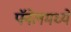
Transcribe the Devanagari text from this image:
पॅनेलमध्ये